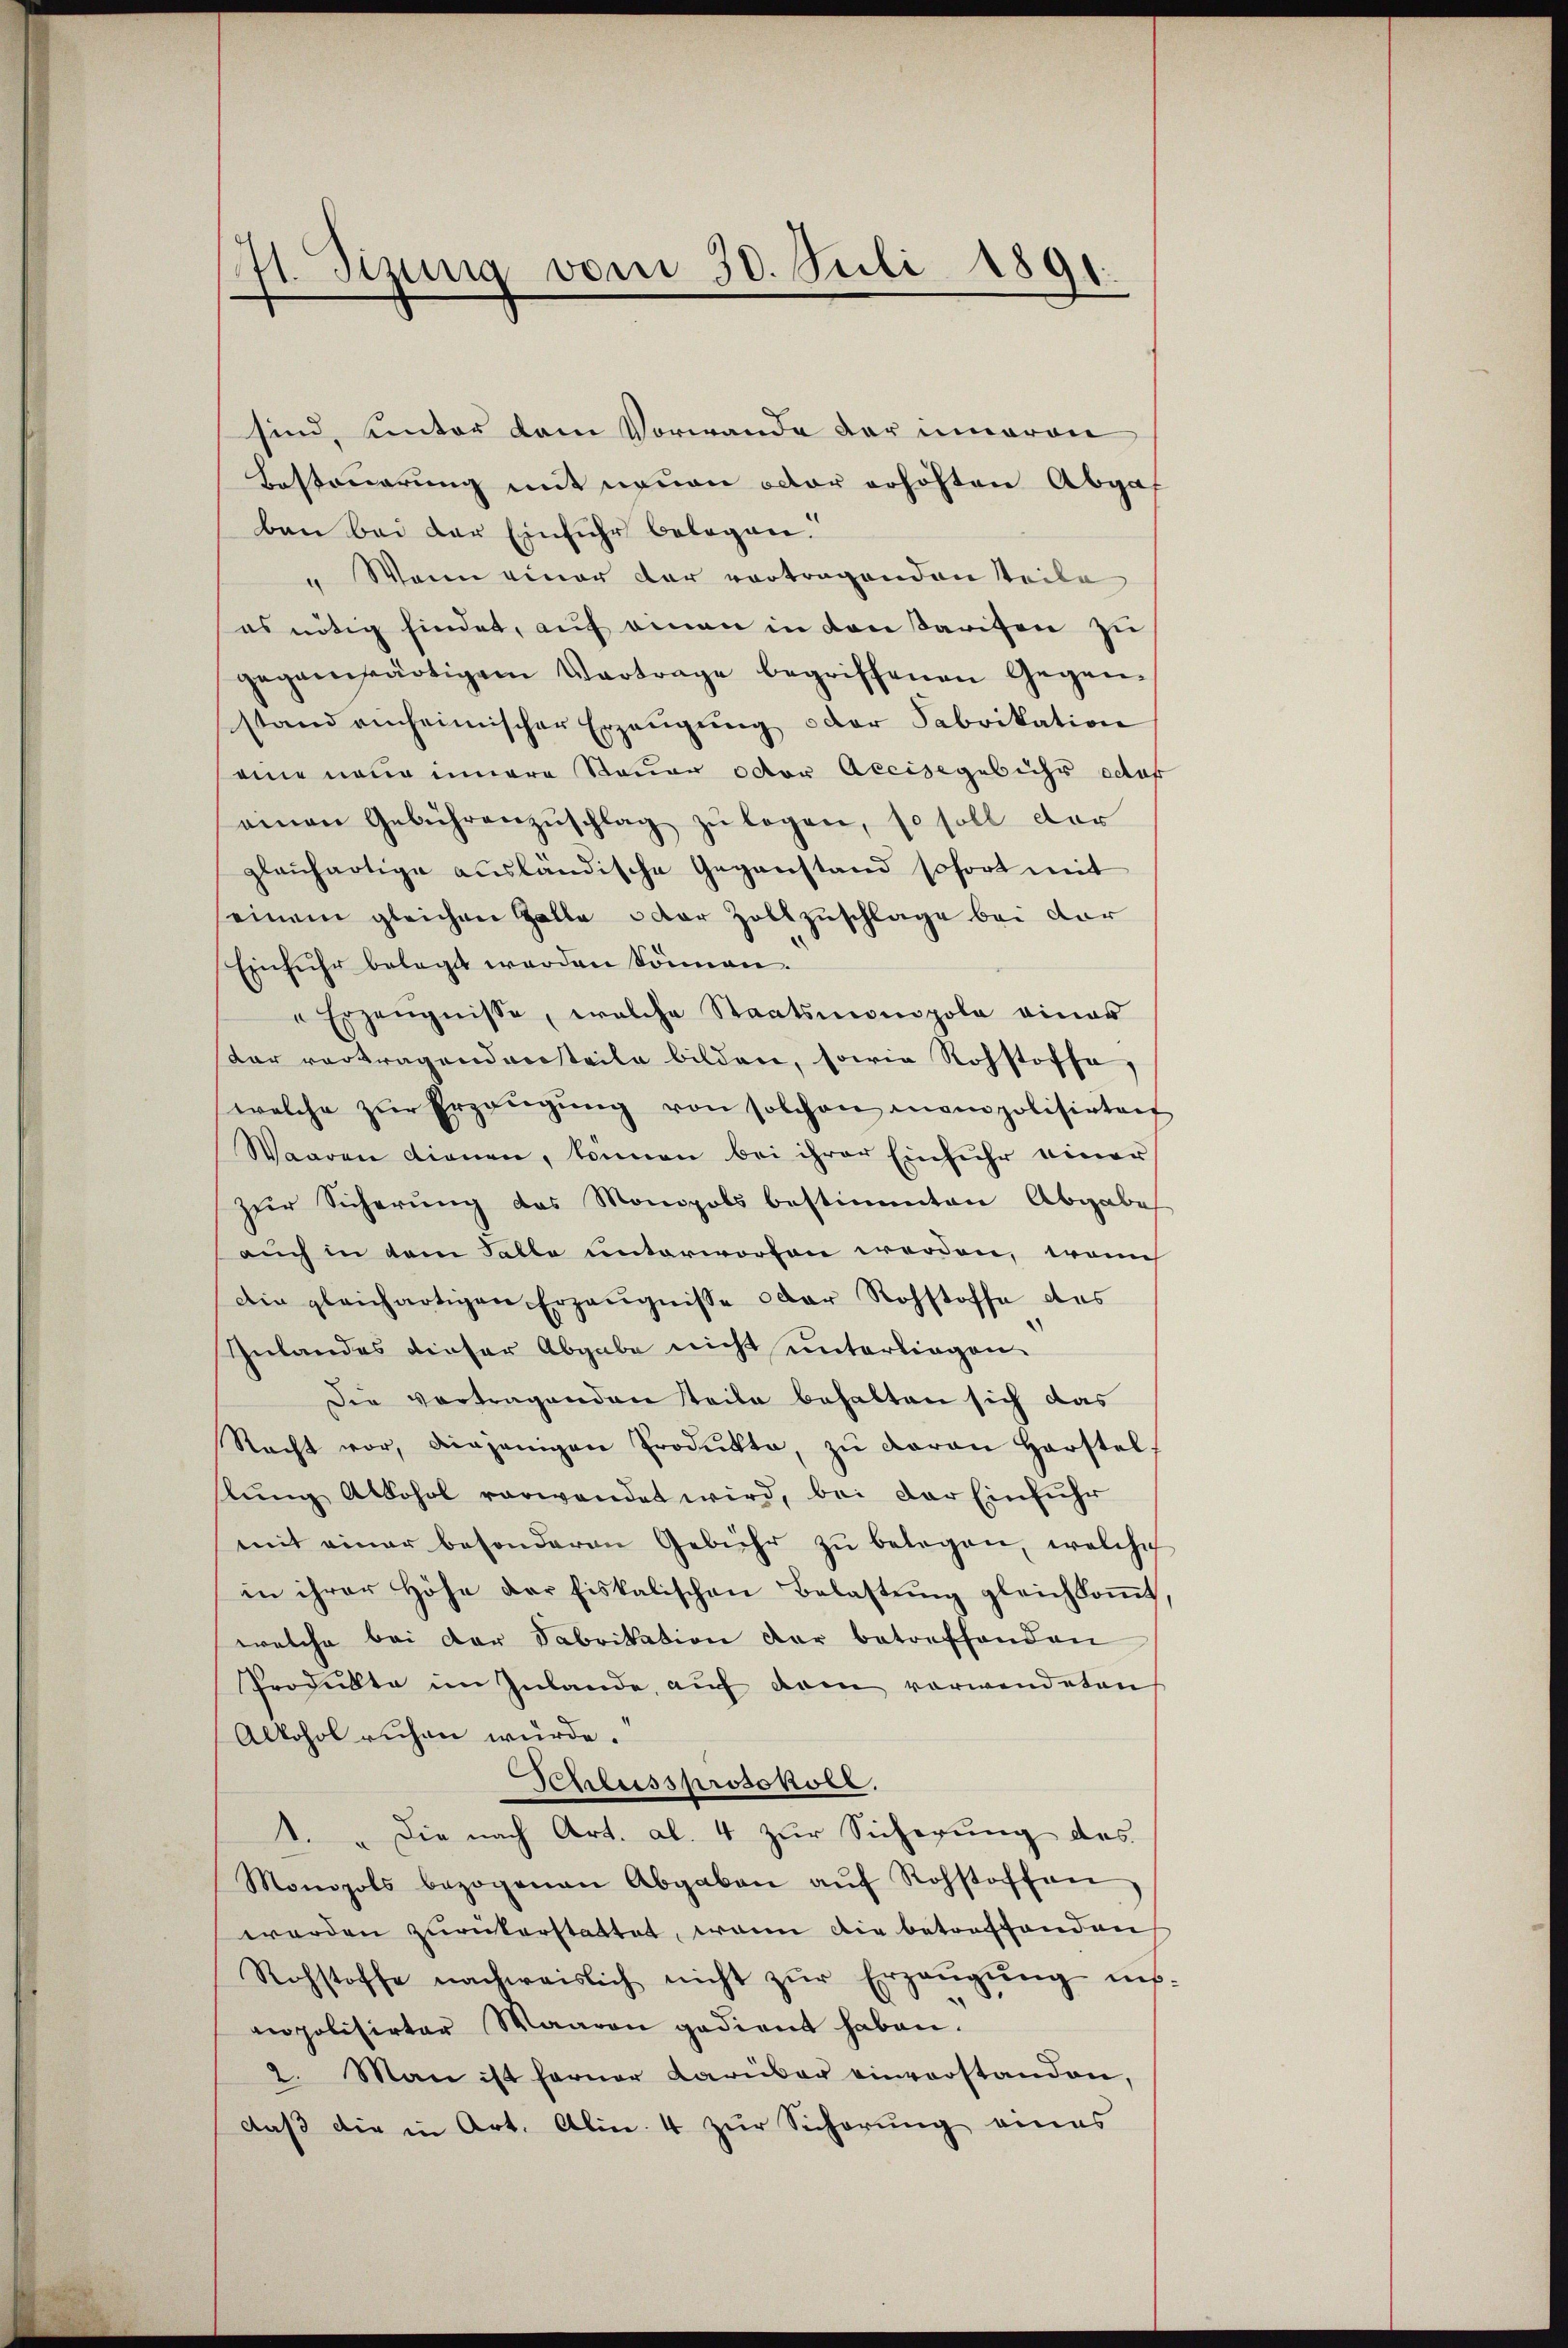
71. Sizung vom 30. Juli 1891.

sind, unter dem Vorwande der inneren
Besteuerung mit neuen oder erhöhten Abgaf
ben bei der Einfuhr belegen.
" Wenn einer der vortragenden Teile
es nötig findet, auf einen in von Tarifen zu
gegenwärtigem Vertrage begriffenen Gegen-
stand anheimischer Erzeugung oder Fabrikation
aine neue innere Sauer octor Accisegebühr das
einen Gebührenzŭschlag zŭ legen, so soll der
glaichartige ausländische Gegenstand sofort mit
einem gleichen Galle 3 der Zollzuschlage bei dar
Einfuhr belegt werden können.
"Erzeugnisse, welche Staatsmonopola eines
dar vortragendensteile bilden, sowie Rohstoffe,
welche zŭr Erzängŭng von solchen mein polisirten
Waaren dienen, können bei ihrer Einfuhr einer
zur Sicherung des Monopols bestimmten Abgabe
auch in dem Falle unterworfen werden, wenn
Die gleichartigen Erzeŭgnisse oder Rohstoffe des
Inlandes dieser Abgabe nicht unterliegen
Die vortragenden steile behalten sich das
Nacht vor, diejenigen Produkte, zŭ daran Horstel
hlŭng Alkohol verwendet wird, bei der Einführ
mit einer besonderen Gebühr zŭ belegen, welche
in ihrer Höhe der Fiskalischen Belastŭng gleichkoṁt.
welche bei der Fabrikation der betreffenden
Produkte im Inlande, auf dem verwendeten
Alkohol ruhen würde.
Schlussprotokoll.
1. " Die nach Art. al. 4 zur Sicherung des
Monopols bezogenen Abgaben aŭf Rohstoffen
werden zurükerstattet, wenn die betreffenden
Rohstoffe nachweislich nicht zŭr Erzeŭgŭng ins
verpolisirter Waaren gedient haben.
2. Man ist ferner darüber einverstanden,
daß die in Art. Alin. 4 zur Sichörung eines